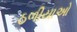
ઠળીયાઓ